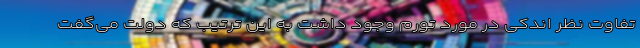
تفاوت نظر اندکی در مورد تورم وجود داشت به این ترتیب که دولت می‌گفت